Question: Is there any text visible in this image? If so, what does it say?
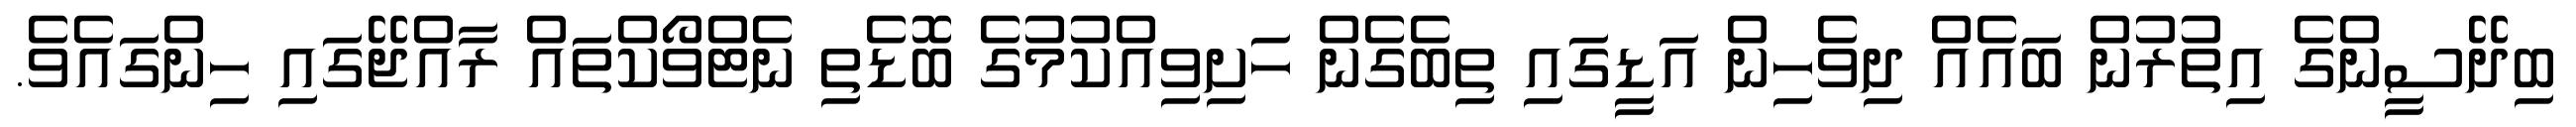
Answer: ބިދޭސީންގެ އިތުރުން ބައެއް ދިވެހިން އަޑީގައި ތިބެގެން ހަށިވިއްކުމުގެ ބޮޑެތި ނެޓްވޯކްތައް ރާއްޖޭގައި ހިންގައެވެ.